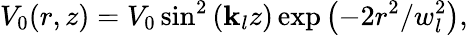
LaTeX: V_{0}(r,z)=V_{0}\sin^{2}\left(\mathbf{k}_{l}z\right)\exp\left(-2r^{2}/w_{l}^{2}\right),